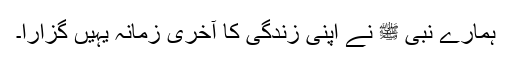
ہمارے نبی ﷺ نے اپنی زندگی کا آخری زمانہ یہیں گزارا۔